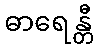
ဓာရေန္တီ